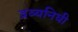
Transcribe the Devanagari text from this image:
द्रव्यनिधी